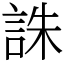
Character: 誅